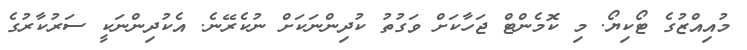
މުއިއްޒުގެ ޓޯކިޔޯ. މި ކޮމެންޓް ޖަހާކަށް ވަގުތު ކުދިންނަކަށް ނުކެރޭނެ. އެކުދިންނަކީ ސަރުކާރުގެ